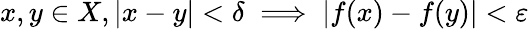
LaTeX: x,y\in X,|x-y|<\delta\implies|f(x)-f(y)|<\varepsilon